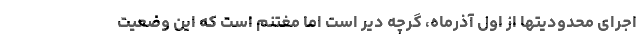
اجرای محدودیتها از اول آذرماه، گرچه دیر است اما مغتنم است که این وضعیت